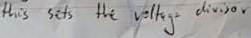
Text: this sets the voltage divisor